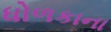
ધોળકાના